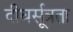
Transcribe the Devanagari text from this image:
दीघर्सूत्रता